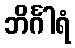
ဘိင်္ဂါရံ